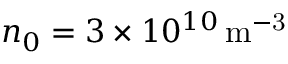
n _ { 0 } = 3 \times 1 0 ^ { 1 0 } \, \mathrm { m ^ { - 3 } }